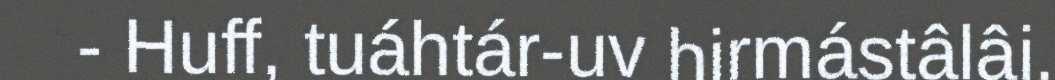
- Huff, tuáhtár-uv hirmástâlâi.